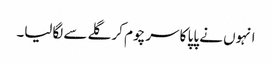
انہوں نے پاپا کا سر چوم کر گلے سے لگالیا۔